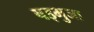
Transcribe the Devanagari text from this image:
षड्भुजा